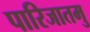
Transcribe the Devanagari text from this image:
पारिजातमु